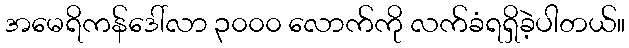
အမေရိကန်ဒေါ်လာ ၃၀၀၀ လောက်ကို လက်ခံရရှိခဲ့ပါတယ်။